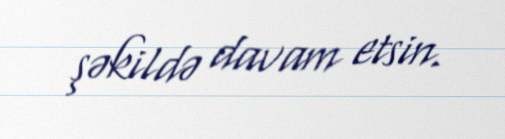
şəkildə davam etsin.